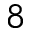
^ 8